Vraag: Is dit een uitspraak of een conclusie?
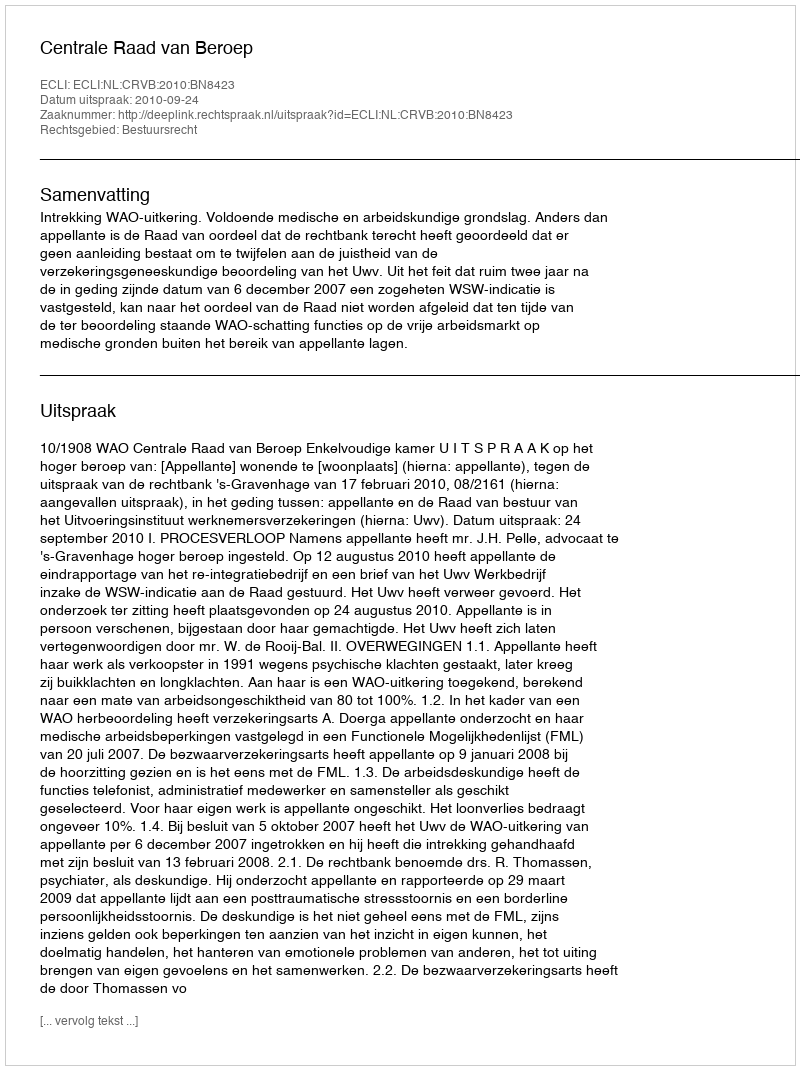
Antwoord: Uitspraak